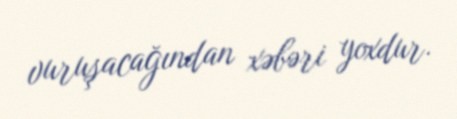
vuruşacağından xəbəri yoxdur.